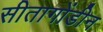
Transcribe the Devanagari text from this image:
सीतागोंडीन